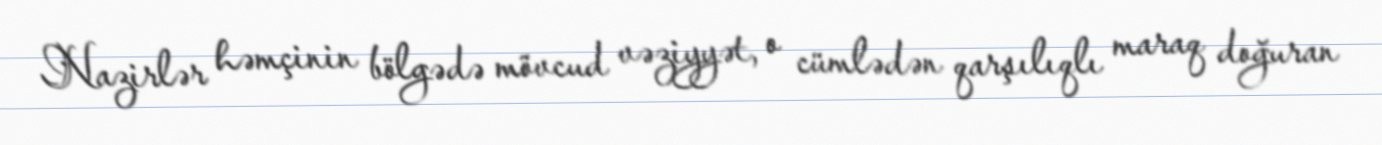
Nazirlər həmçinin bölgədə mövcud vəziyyət, o cümlədən qarşılıqlı maraq doğuran